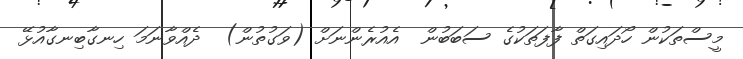
މީސްތަކުން ހޯދައިގަތް ފާފަތަކުގެ ސަބަބުން  އެއުރެންނަށް (ވަގުތުން)  ދެއްވާނަމަ ހިނގާބިނގާއުޅޭ